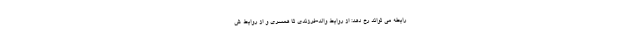
رابطه می تواند رخ دهد: از روابط والد-فرزندی تا همسری و از روابط ش